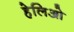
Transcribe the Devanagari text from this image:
हेलिओ